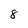
Character: 8